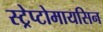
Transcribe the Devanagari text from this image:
स्ट्रेप्टोमायसिन